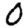
Digit: 0